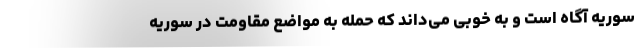
سوریه آگاه است و به خوبی می‌داند که حمله به مواضع مقاومت در سوریه